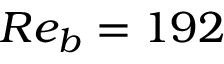
R e _ { b } = 1 9 2